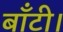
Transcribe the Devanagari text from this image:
बाँटी।